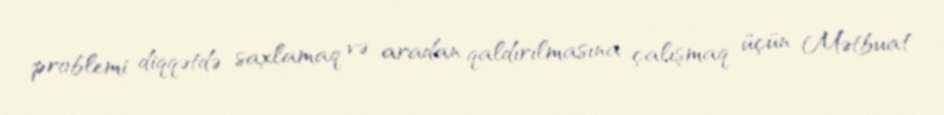
problemi diqqətdə saxlamaq və aradan qaldırılmasına çalışmaq üçün Mətbuat